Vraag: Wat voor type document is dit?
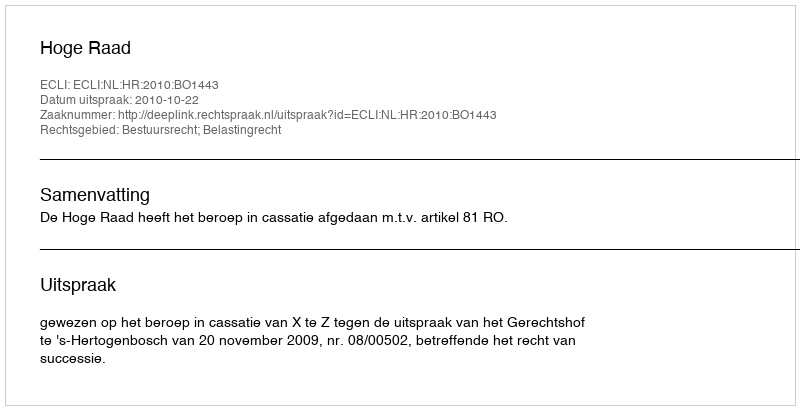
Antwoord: Uitspraak